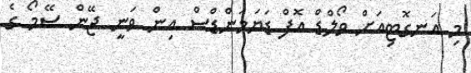
މި އަނގޮޓިއަށް ވޯލްޑް އޮފް ޑަޔަމަންޑްސް އިން ވަނީ ޖޭން ސޭމޯ ގެ